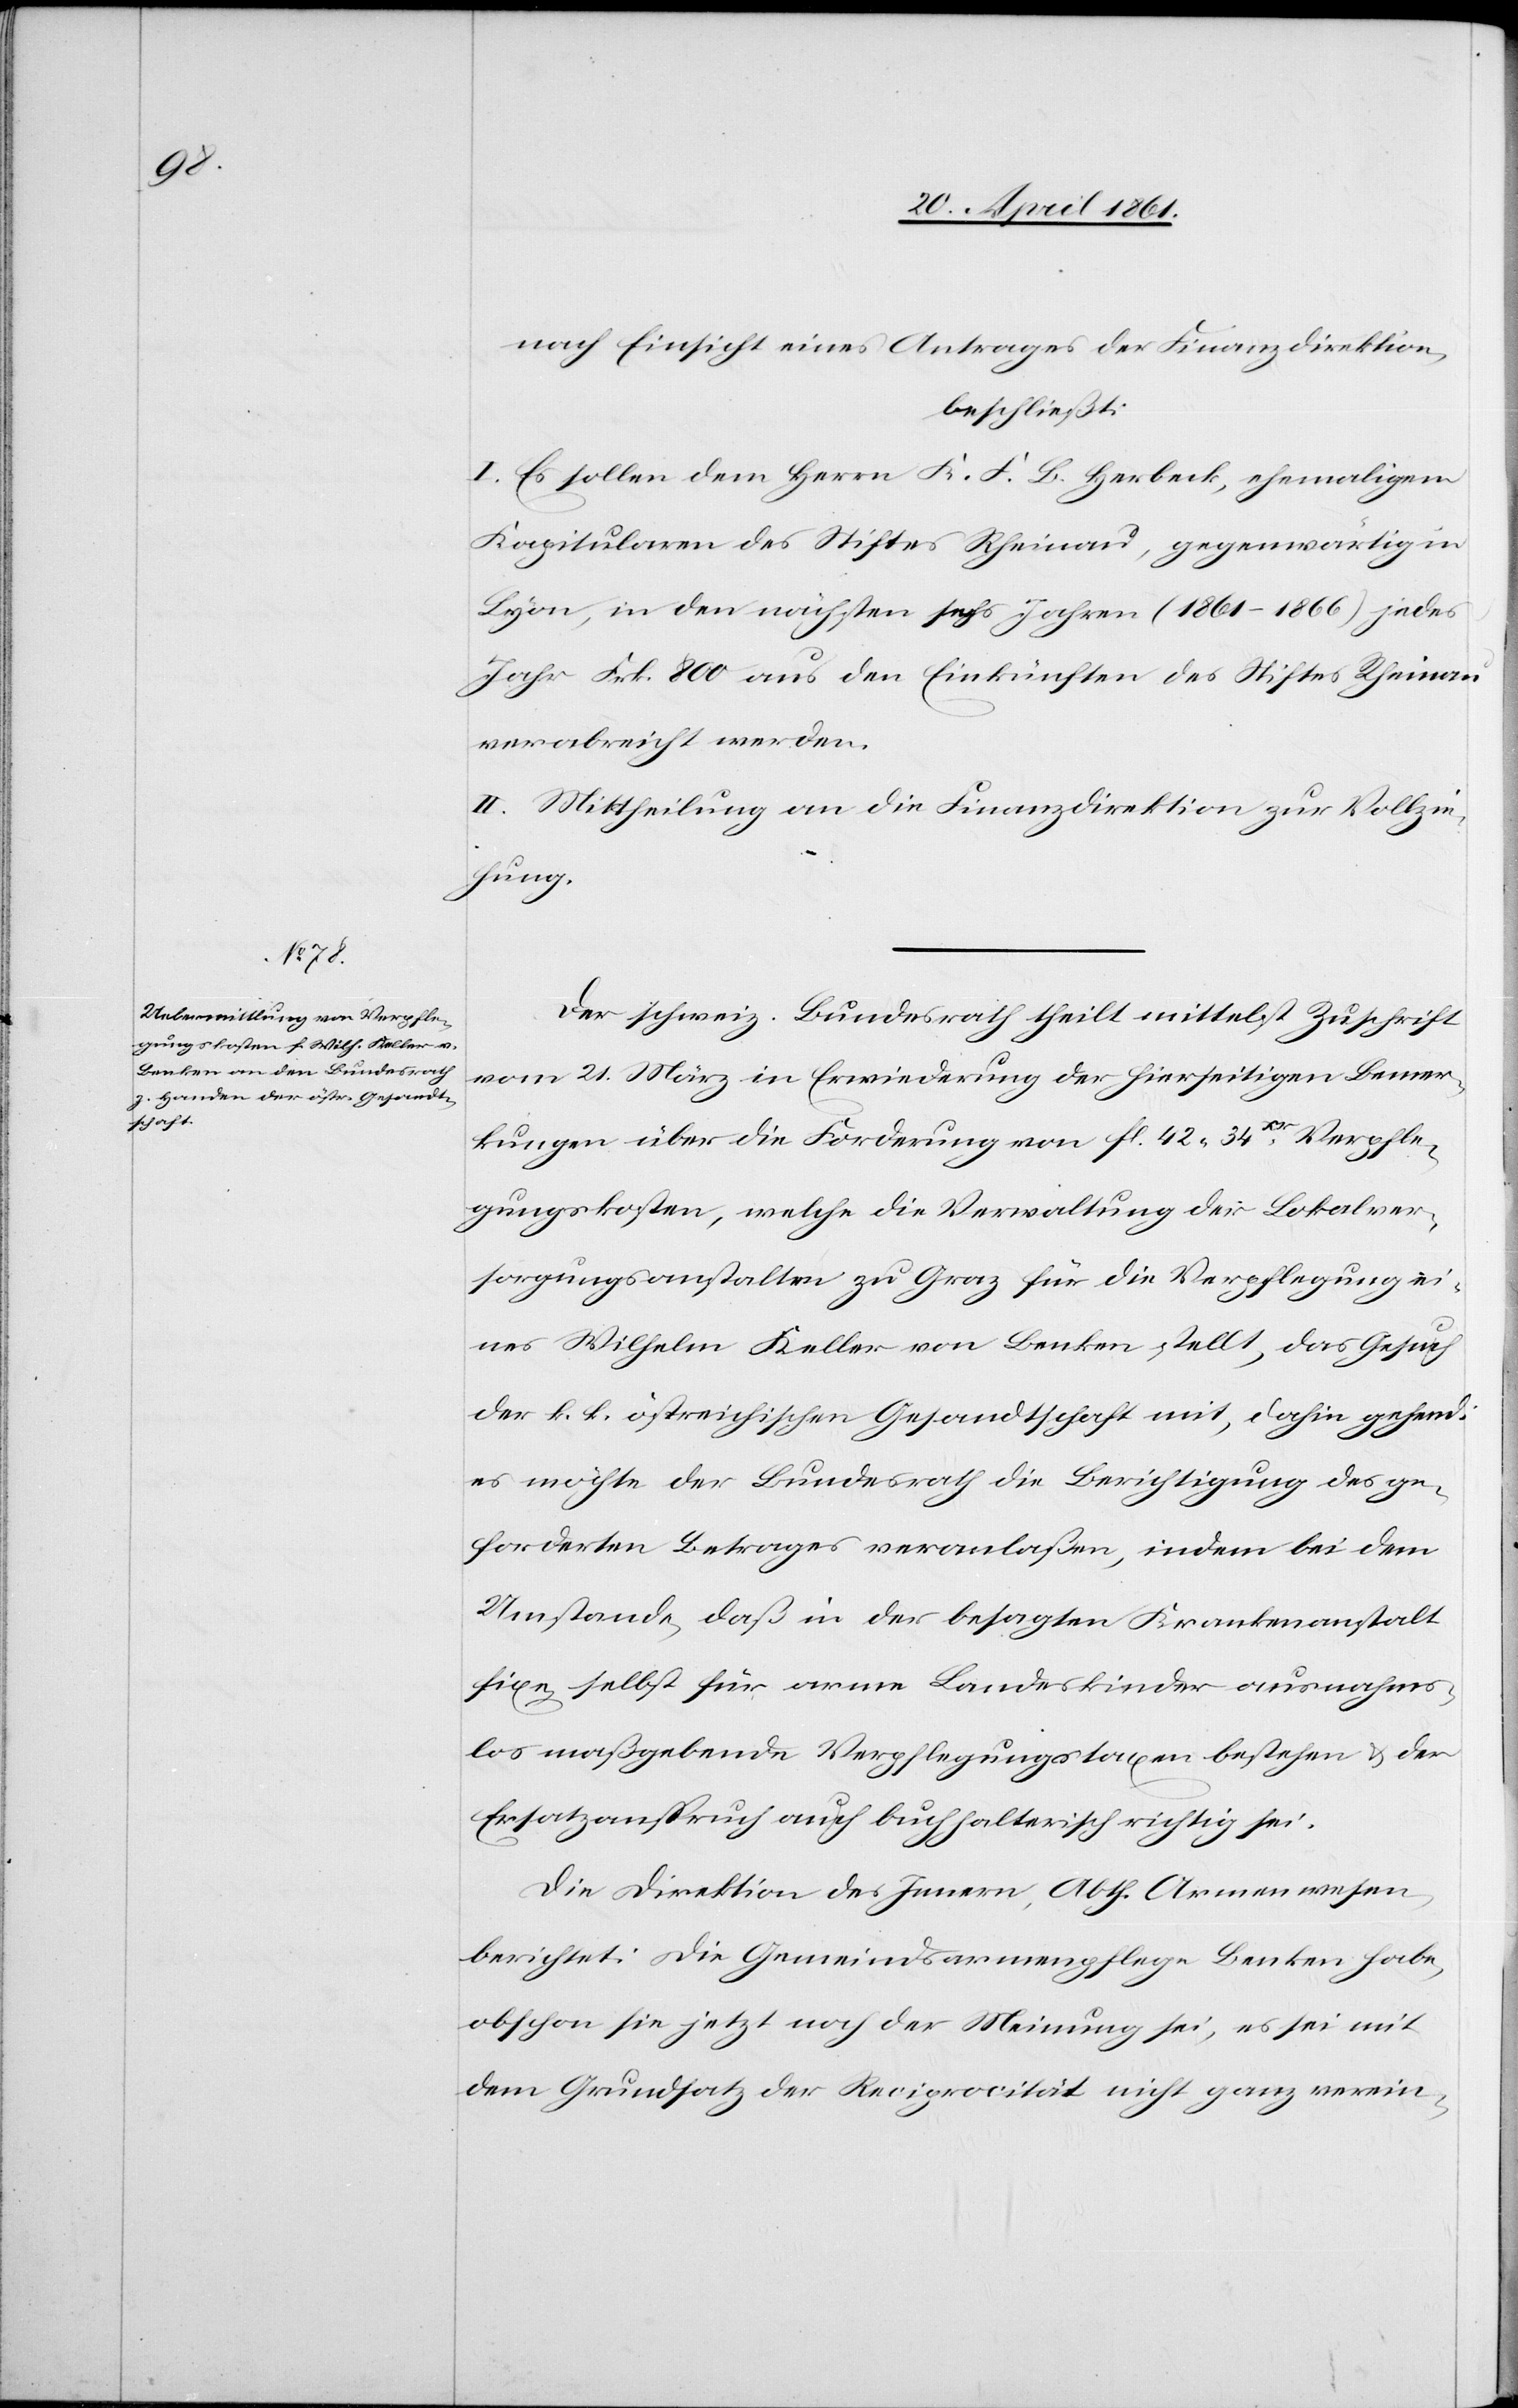
nach Einsicht eines Antrages der Finanzdirektion,
beschließt:
I. Es sollen dem Herrn K. F. B. Herbeck, ehemaligen
Kapitularen des Stiftes Rheinau, gegenwärtig in
Lyon, in den nächsten sechs Jahren (1861–1866) jedes
Jahr Frk. 800 aus den Einkünften des Stiftes Rheinau
verabreicht werden.
II. Mittheilung an die Finanzdirektion zur Vollzie¬
hung.
Der schweiz. Bundesrath theilt mittelst Zuschrift
vom 21. März in Erwiederung der hierseitigen Bemer¬
kungen über die Forderung von fl. 42 34Xr Verpfle¬
gungskosten, welche die Verwaltung der Lokalver¬
sorgungsanstalten zu Graz für die Verpflegung ei¬
nes Wilhelm Keller von Benken stellt, das Gesuch
der k. K. östreichischen Gesandtschaft mit, dahin gehend:
es möchte der Bundesrath die Berichtigung des ge¬
forderten Betrages veranlaßen, indem bei dem
Umstande, daß in der besagten Krankenanstalt
fixe selbst für arme Landeskinder Krankenans¬
talt maßgebende Verpflegungstaxen bestehen u. der
Ersatzanspruch auch buchhalterisch richtig sei.
Die Direktion des Innern, Abth. Armenwesen
berichtet: Die Gemeindsarmenpflege Benken habe,
obschon sie jetzt noch der Meinung sei, es sei mit
dem Grundsatz der Reciprocität nicht ganz verein-